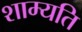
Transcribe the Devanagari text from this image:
शाम्यति